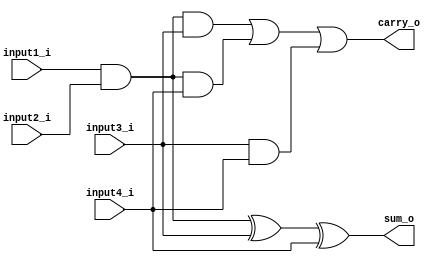
`timescale 1ns / 1ps
//////////////////////////////////////////////////////////////////////////////////
// Company: 
// Engineer: 
// 
// Design Name: 
// Module Name:    full_adder_cell 
// Project Name: 
// Target Devices: 
// Tool versions: 
// Description: 
//
// Dependencies: 
//
// Revision: 
// Revision 0.01 - File Created
// Additional Comments: 
//
//////////////////////////////////////////////////////////////////////////////////
module full_adder_cell(input1_i, input2_i,input3_i,input4_i,sum_o,carry_o);
input input1_i;
input input2_i;
input input3_i;
input input4_i;
output sum_o;
output carry_o;

assign partial_product_w = input1_i & input2_i;
assign sum_o = partial_product_w ^ input3_i ^ input4_i;
assign carry_o = (partial_product_w & input3_i) | (partial_product_w & input4_i) | (input3_i & input4_i);

endmodule